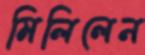
মিলিলেন